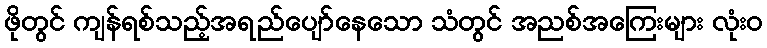
ဖိုတွင် ကျန်ရစ်သည့်အရည်ပျော်နေသော သံတွင် အညစ်အကြေးများ လုံးဝ